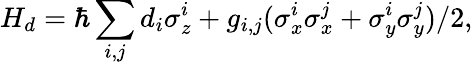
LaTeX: H_{d}=\hbar\sum_{i,j}d_{i}\sigma_{z}^{i}+g_{i,j}(\sigma_{x}^{i}\sigma_{x}^{j}+\sigma_{y}^{i}\sigma_{y}^{j})/2,